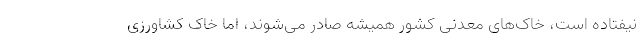
نیفتاده است، خاک‌های معدنی کشور همیشه صادر می‌شوند، اما خاک کشاورزی